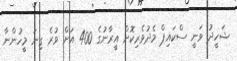
ޝަހީދު ވަނީ ސްކައިޕް މެދުވެރިކޮށް އީރާނުގެ 400 އަށް ވުރެ ގިނަ މީހުންނާ